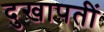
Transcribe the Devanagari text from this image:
दुखापतीं